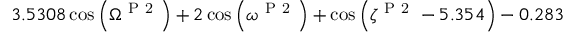
3 . 5 3 0 8 \cos { \left( \Omega ^ { \mathrm { ~ P ~ 2 ~ } } \right) } + 2 \cos { \left( \omega ^ { \mathrm { ~ P ~ 2 ~ } } \right) } + \cos { \left( \zeta ^ { \mathrm { ~ P ~ 2 ~ } } - 5 . 3 5 4 \right) } - 0 . 2 8 3